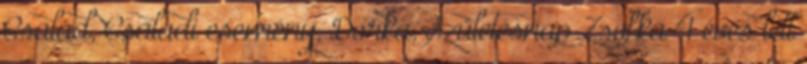
Család, Családi esemény, Dorka, Születésnap Zsofka 4 éves lett